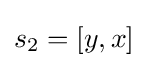
s_{2}=\lbrack y,x\rbrack